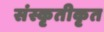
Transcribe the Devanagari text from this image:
संस्कृतीकृत